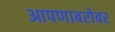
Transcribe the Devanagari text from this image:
आपणाबरोबर